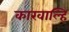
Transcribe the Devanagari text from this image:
कारवाल्हि